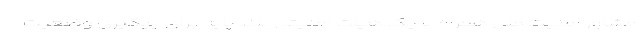
مشاور امنیت ملی همراه با یک هیات امنیتی بلندپایه برای پیگیری وضعیت